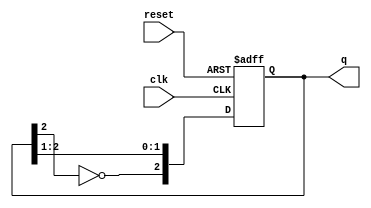
module johnson_counter #(
    parameter N = 3 // Number of flip-flops, change as needed
) (
    input wire clk,        // Clock input
    input wire reset,      // Asynchronous reset
    output reg [N-1:0] q   // Output state of the counter
);

    // Always block that triggers on the rising edge of the clock or reset
    always @(posedge clk or posedge reset) begin
        if (reset) begin
            q <= 0; // Reset the counter to all zeros
        end else begin
            // Johnson counter logic: Shift and invert the last flip-flop output
            q <= {~q[N-1], q[N-1:N-2]}; // Shift left and input inverted last state
        end
    end

endmodule